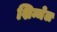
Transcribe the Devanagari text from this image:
शिम्मेल